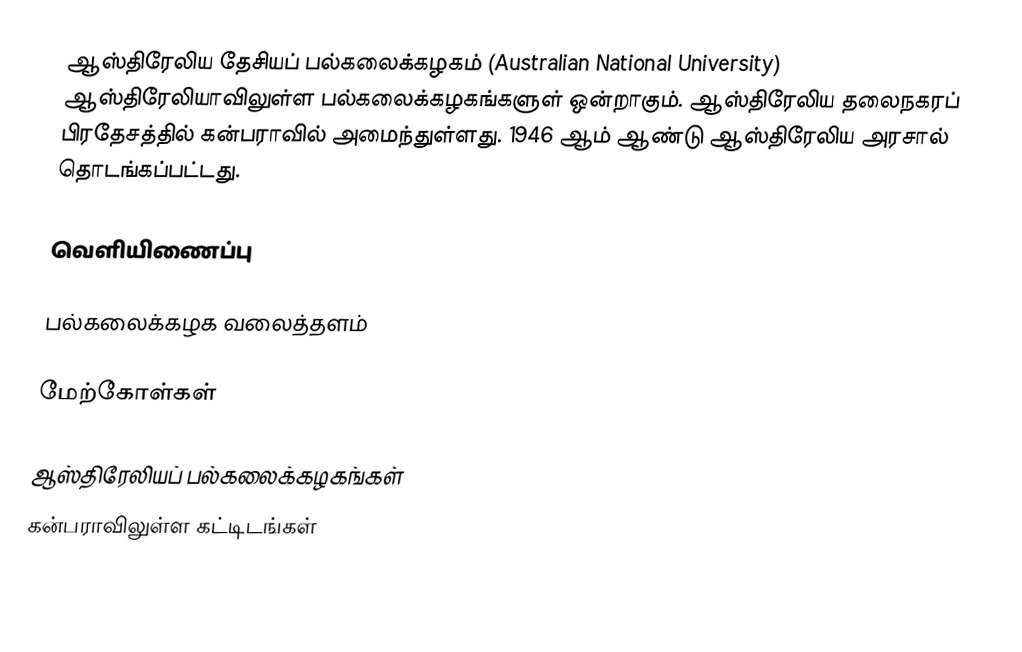
ஆஸ்திரேலிய தேசியப் பல்கலைக்கழகம் (Australian National University) ஆஸ்திரேலியாவிலுள்ள பல்கலைக்கழகங்களுள் ஒன்றாகும். ஆஸ்திரேலிய தலைநகரப் பிரதேசத்தில் கன்பராவில் அமைந்துள்ளது. 1946 ஆம் ஆண்டு ஆஸ்திரேலிய அரசால் தொடங்கப்பட்டது.

வெளியிணைப்பு

 பல்கலைக்கழக வலைத்தளம்

மேற்கோள்கள்

ஆஸ்திரேலியப் பல்கலைக்கழகங்கள்
கன்பராவிலுள்ள கட்டிடங்கள்